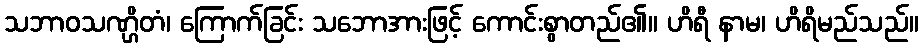
သဘာဝသဏ္ဌိတံ၊ ကြောက်ခြင်း သဘောအားဖြင့် ကောင်းစွာတည်၏။ ဟိရီ နာမ၊ ဟိရိမည်သည်။